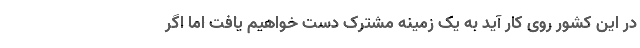
در این کشور روی کار آید به یک زمینه مشترک دست خواهیم یافت اما اگر